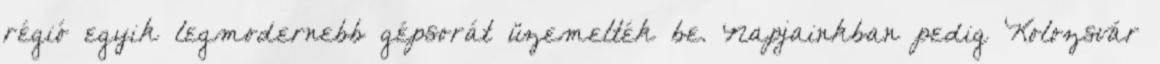
régió egyik legmodernebb gépsorát üzemelték be. Napjainkban pedig Kolozsvár